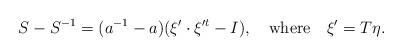
LaTeX: \begin{align*}S-S^{-1}=(a^{-1}-a)(\xi'\cdot\xi'^{t}-I),\quad\mathrm{where}\quad\xi'=T\eta.\end{align*}